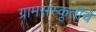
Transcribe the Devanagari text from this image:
ग्रामसंस्कृतीचे